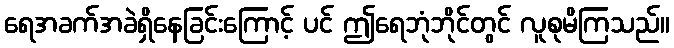
ရေအခက်အခဲရှိနေခြင်းကြောင့် ပင် ဤရေဘုံဘိုင်တွင် လူစုမိကြသည်။